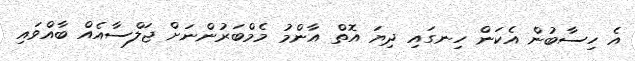
އެ ހިސާބުން އެކަން ހިނގައި ދިޔަ އޮތް އާންމު މެމްބަރުންނަށް ޖަލްސާއެއް ބާއްވައި